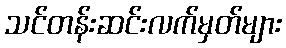
သင်တန်းဆင်းလက်မှတ်များ